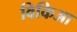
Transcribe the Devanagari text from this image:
विकिआ